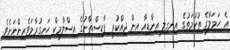
އެ ހަމަލާގެ ތުހުމަތުގެ އިނގިލި އިންޑިއާ އިން ދިއްކުރީ ޕާކިސްތާނުގެ އިސްލާމިކް ހަނގުރާމަވެރިންނަށެވެ.